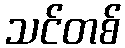
သင်တစ်